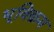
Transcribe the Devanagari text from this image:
भूविक्रम